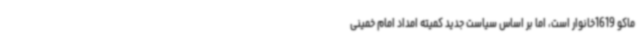
ماکو 1‌619خانوار است، اما بر اساس سیاست جدید کمیته امداد امام خمینی